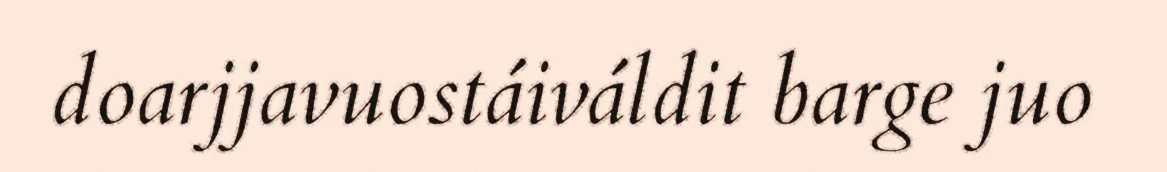
doarjjavuostáiváldit barge juo